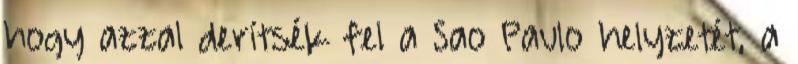
hogy azzal derítsék fel a Sao Paulo helyzetét, a